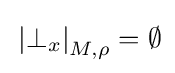
\mathrm {} \left\vert \bot _{x}\right\vert _{M,\rho }=\emptyset